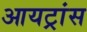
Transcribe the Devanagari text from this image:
आयट्रांस